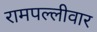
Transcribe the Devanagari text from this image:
रामपल्लीवार